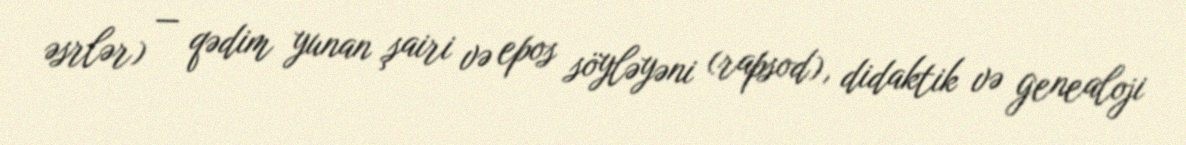
əsrlər) — qədim yunan şairi və epos söyləyəni (rapsod), didaktik və genealoji